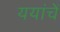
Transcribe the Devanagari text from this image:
ययांचें